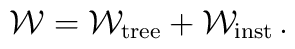
{\cal W} = {\cal W}_{\rm tree}+ {\cal W}_{\rm inst}\, .